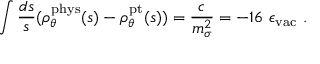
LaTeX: \int \frac { d s } { s } ( \rho _ { \theta } ^ { \mathrm { p h y s } } ( s ) - \rho _ { \theta } ^ { \mathrm { p t } } ( s ) ) = \frac { c } { m _ { \sigma } ^ { 2 } } = - 1 6 \ \epsilon _ { \mathrm { v a c } } \ .